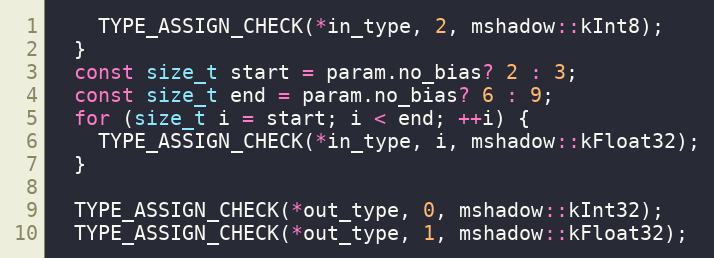
Language: C++
    TYPE_ASSIGN_CHECK(*in_type, 2, mshadow::kInt8);
  }
  const size_t start = param.no_bias? 2 : 3;
  const size_t end = param.no_bias? 6 : 9;
  for (size_t i = start; i < end; ++i) {
    TYPE_ASSIGN_CHECK(*in_type, i, mshadow::kFloat32);
  }

  TYPE_ASSIGN_CHECK(*out_type, 0, mshadow::kInt32);
  TYPE_ASSIGN_CHECK(*out_type, 1, mshadow::kFloat32);